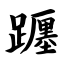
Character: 躔